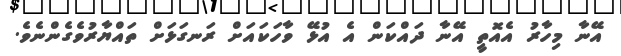
އޭނާ މިހާރު އެއޮތީ އޭނާ ދައްކަން އެ އުޅޭ ވާހަކައަށް ރަނގަޅަށް ތައްޔާރުވެގެންނެވެ.